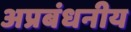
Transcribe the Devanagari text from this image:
अप्रबंधनीय